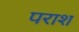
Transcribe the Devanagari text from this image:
पराश